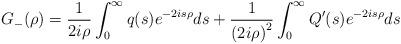
LaTeX: \begin{align*}G_{-}(\rho)=\frac{1}{2i\rho}\int_{0}^{\infty}q(s)e^{-2is\rho}ds+\frac{1}{\left( 2i\rho\right) ^{2}}\int_{0}^{\infty}Q^{\prime}(s)e^{-2is\rho}ds\end{align*}